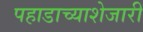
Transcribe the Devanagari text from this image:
पहाडाच्याशेजारी